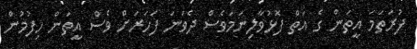
ފުރަތަމަ އީތަން ގެ އަތް ފޮޅުވާލިނަމަވެސް ދެވަނަ ފަހަރަށް ވެސް އީތަން ހިފުމުން